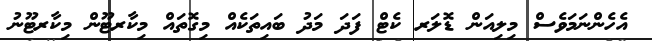
އެހެންނަމަވެސް މިލިއަން ޑޮލަރ ކެޓް ފަދަ މަދު ބައިތަކެއް މިގޮތައް މިކާރޓޫން މިކާރޓޫނު